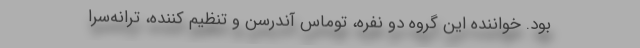
بود. خواننده این گروه دو نفره، توماس آندرسن و تنظیم کننده، ترانه‌سرا